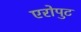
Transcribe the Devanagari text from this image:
एरोपुट